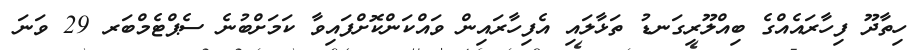
ހިތާދޫ ފިހާރައެއްގެ ބިއްލޫރިގަނޑު ތަޅާލައި އެފިހާރައިން ވައްކަންކޮށްފައިވާ ކަމަށްބުނެ ސެޕްޓެމްބަރ 29 ވަނަ